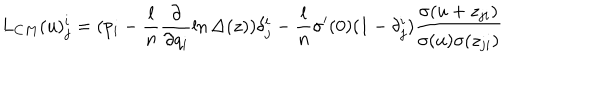
L _ { C M } ( u ) _ { j } ^ { i } = ( p _ { i } - \frac { l } { n } \frac { \partial } { \partial q _ { i } } \ln \Delta ( z ) ) \delta _ { j } ^ { i } - \frac { l } { n } \sigma ^ { \prime } ( 0 ) ( 1 - \delta _ { j } ^ { i } ) \frac { \sigma ( u + z _ { j i } ) } { \sigma ( u ) \sigma ( z _ { j i } ) }